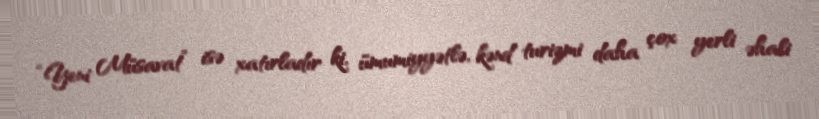
“Yeni Müsavat” isə xatırladır ki, ümumiyyətlə, kənd turizmi daha çox yerli əhali